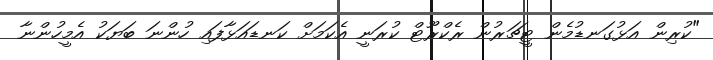
"ކުރިން އަޅުގަނޑުމެން ޓީޗަރުން ރެކްރޫޓް ކުރަނީ އެކަމަށް ކަނޑައަޅާފައި ހުންނަ ބަޔަކު އެމީހުންނާ